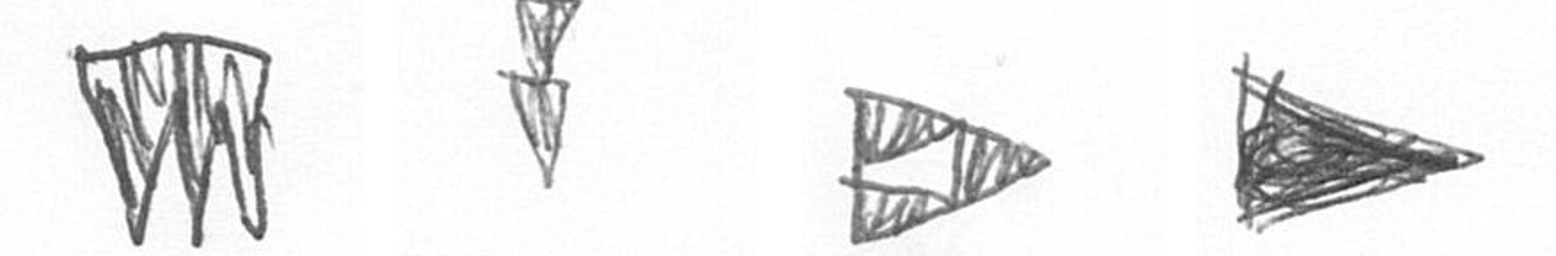
L Z K T